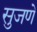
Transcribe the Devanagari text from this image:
सुजणे